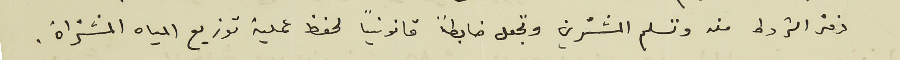
دفتر الشروط منه وتسلم المشترين وتجعل ضابطاً قانونياً لحفظ عملية توزيع المياه المشتراة.